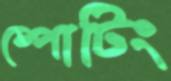
ষ্পোটিং